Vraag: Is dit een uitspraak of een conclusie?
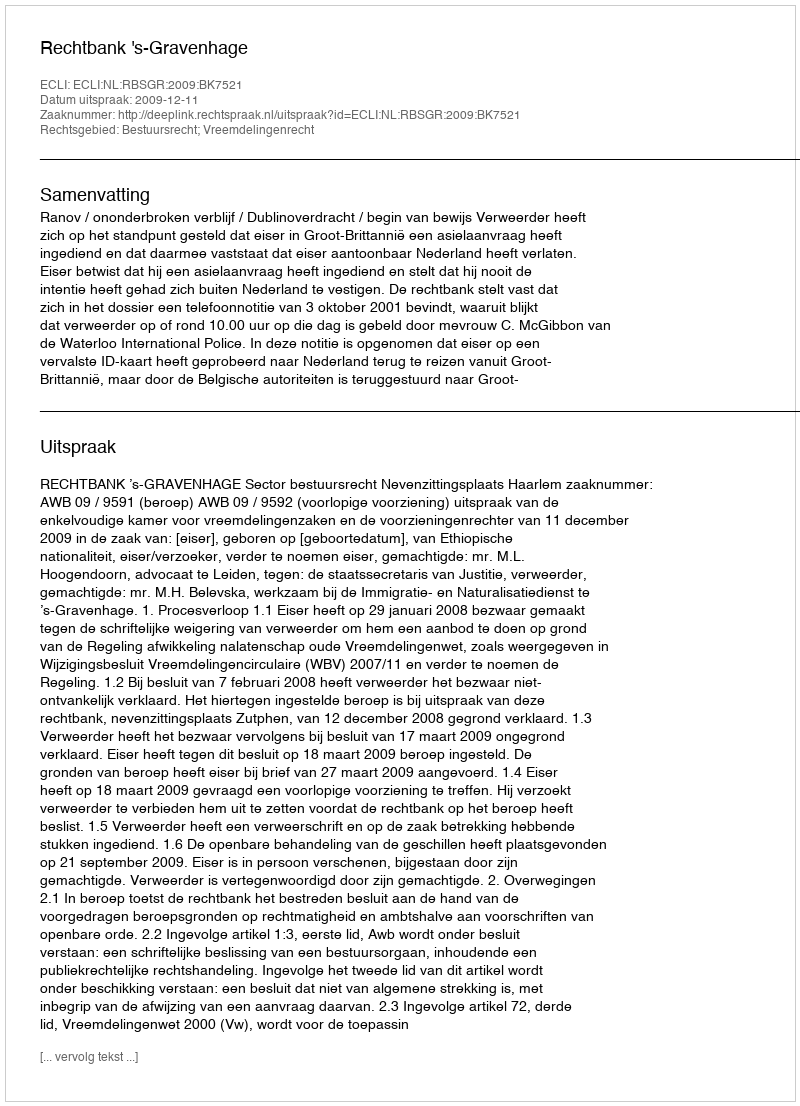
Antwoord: Uitspraak